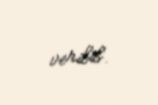
verilib.